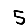
Digit: 5